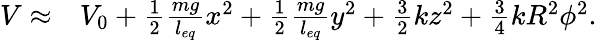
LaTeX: \begin{array}{rl}{V\approx}&{{}V_{0}+\frac{1}{2}\frac{mg}{l_{eq}}x^{2}+\frac{1}{2}\frac{mg}{l_{eq}}y^{2}+\frac{3}{2}kz^{2}+\frac{3}{4}kR^{2}\phi^{2}.}\end{array}